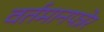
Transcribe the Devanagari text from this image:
वर्तमानपत्रेर